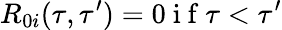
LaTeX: R_{0i}(\tau,\tau^{\prime})=0\mathrm{~i~f~}\tau<\tau^{\prime}